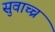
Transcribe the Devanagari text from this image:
सुवाच्च